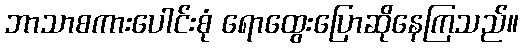
ဘာသာစကားပေါင်းစုံ ရောထွေးပြောဆိုနေကြသည်။